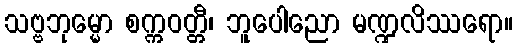
သဗ္ဗဘုမ္မော စက္ကဝတ္တီ၊ ဘူပေါညော မဏ္ဍလိဿရော။